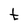
Character: t